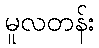
မူလတန်း